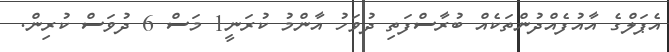
އެޕަލްގެ އާއުފެއްދުންތަކެއް ބުރާސްފަތި ދުވަހު އާންމު ކުރަނީ1 މަސް 6 ދުވަސް ކުރިން.